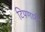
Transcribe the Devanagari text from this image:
टिपणारी